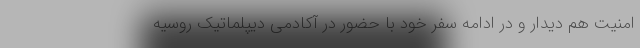
امنیت هم دیدار و در ادامه سفر خود با حضور در آکادمی دیپلماتیک روسیه